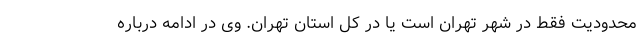
محدودیت فقط در شهر تهران است یا در کل استان تهران. وی در ادامه درباره